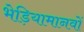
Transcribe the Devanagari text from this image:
भेड़ियामानवों